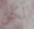
لكن